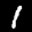
Label: 1